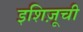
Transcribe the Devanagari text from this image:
इशिज़ूची